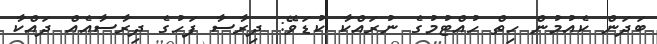
ބަދަން ކެއުމުން ހިތް ހުއްޓުމުގެ ނުރައްކާ ކުޑަވޭ: ދިރާސާ ފަހުގެ ދިރާސާއެއް ދައްކާ